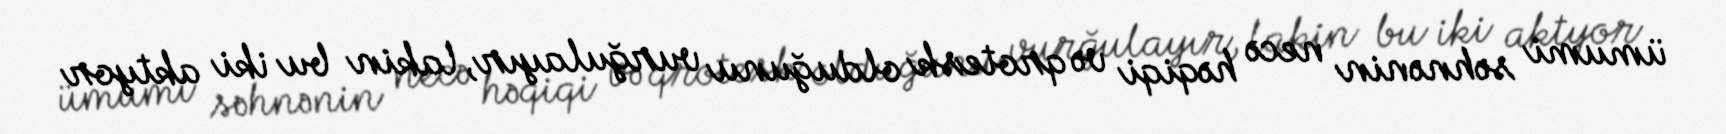
ümumi səhnənin necə həqiqi və qrotesk olduğunu vurğulayır, lakin bu iki aktyor